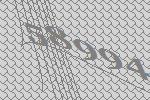
58994